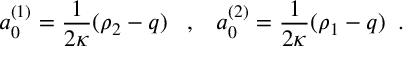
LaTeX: a _ { 0 } ^ { ( 1 ) } = \frac { 1 } { 2 \kappa } ( \rho _ { 2 } - q ) \; \; \; , \; \; \; a _ { 0 } ^ { ( 2 ) } = \frac { 1 } { 2 \kappa } ( \rho _ { 1 } - q ) \; \; .